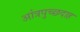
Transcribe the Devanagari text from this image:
आंत्रपुच्छदाह